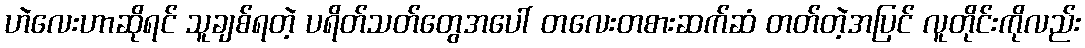
ဟဲလေးဟာဆိုရင် သူချစ်ရတဲ့ ပရိတ်သတ်တွေအပေါ် တလေးတစားဆက်ဆံ တတ်တဲ့အပြင် လူတိုင်းကိုလည်း